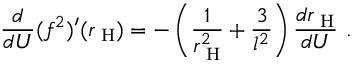
\frac { d } { d U } ( f ^ { 2 } ) ^ { \prime } ( r _ { \mathrm { \tiny ~ H } } ) = - \left( \frac { 1 } { r _ { \mathrm { \tiny ~ H } } ^ { 2 } } + \frac { 3 } { l ^ { 2 } } \right) \frac { d r _ { \mathrm { \tiny ~ H } } } { d U } \ .